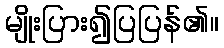
မျိုးပြား၍ပြပြန်၏။